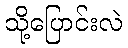
သို့ပြောင်းလဲ